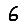
Digit: 6